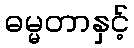
ဓမ္မတာနှင့်